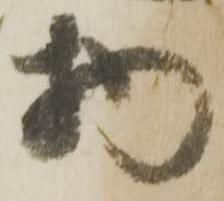
物